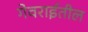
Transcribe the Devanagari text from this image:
गेवराईतील